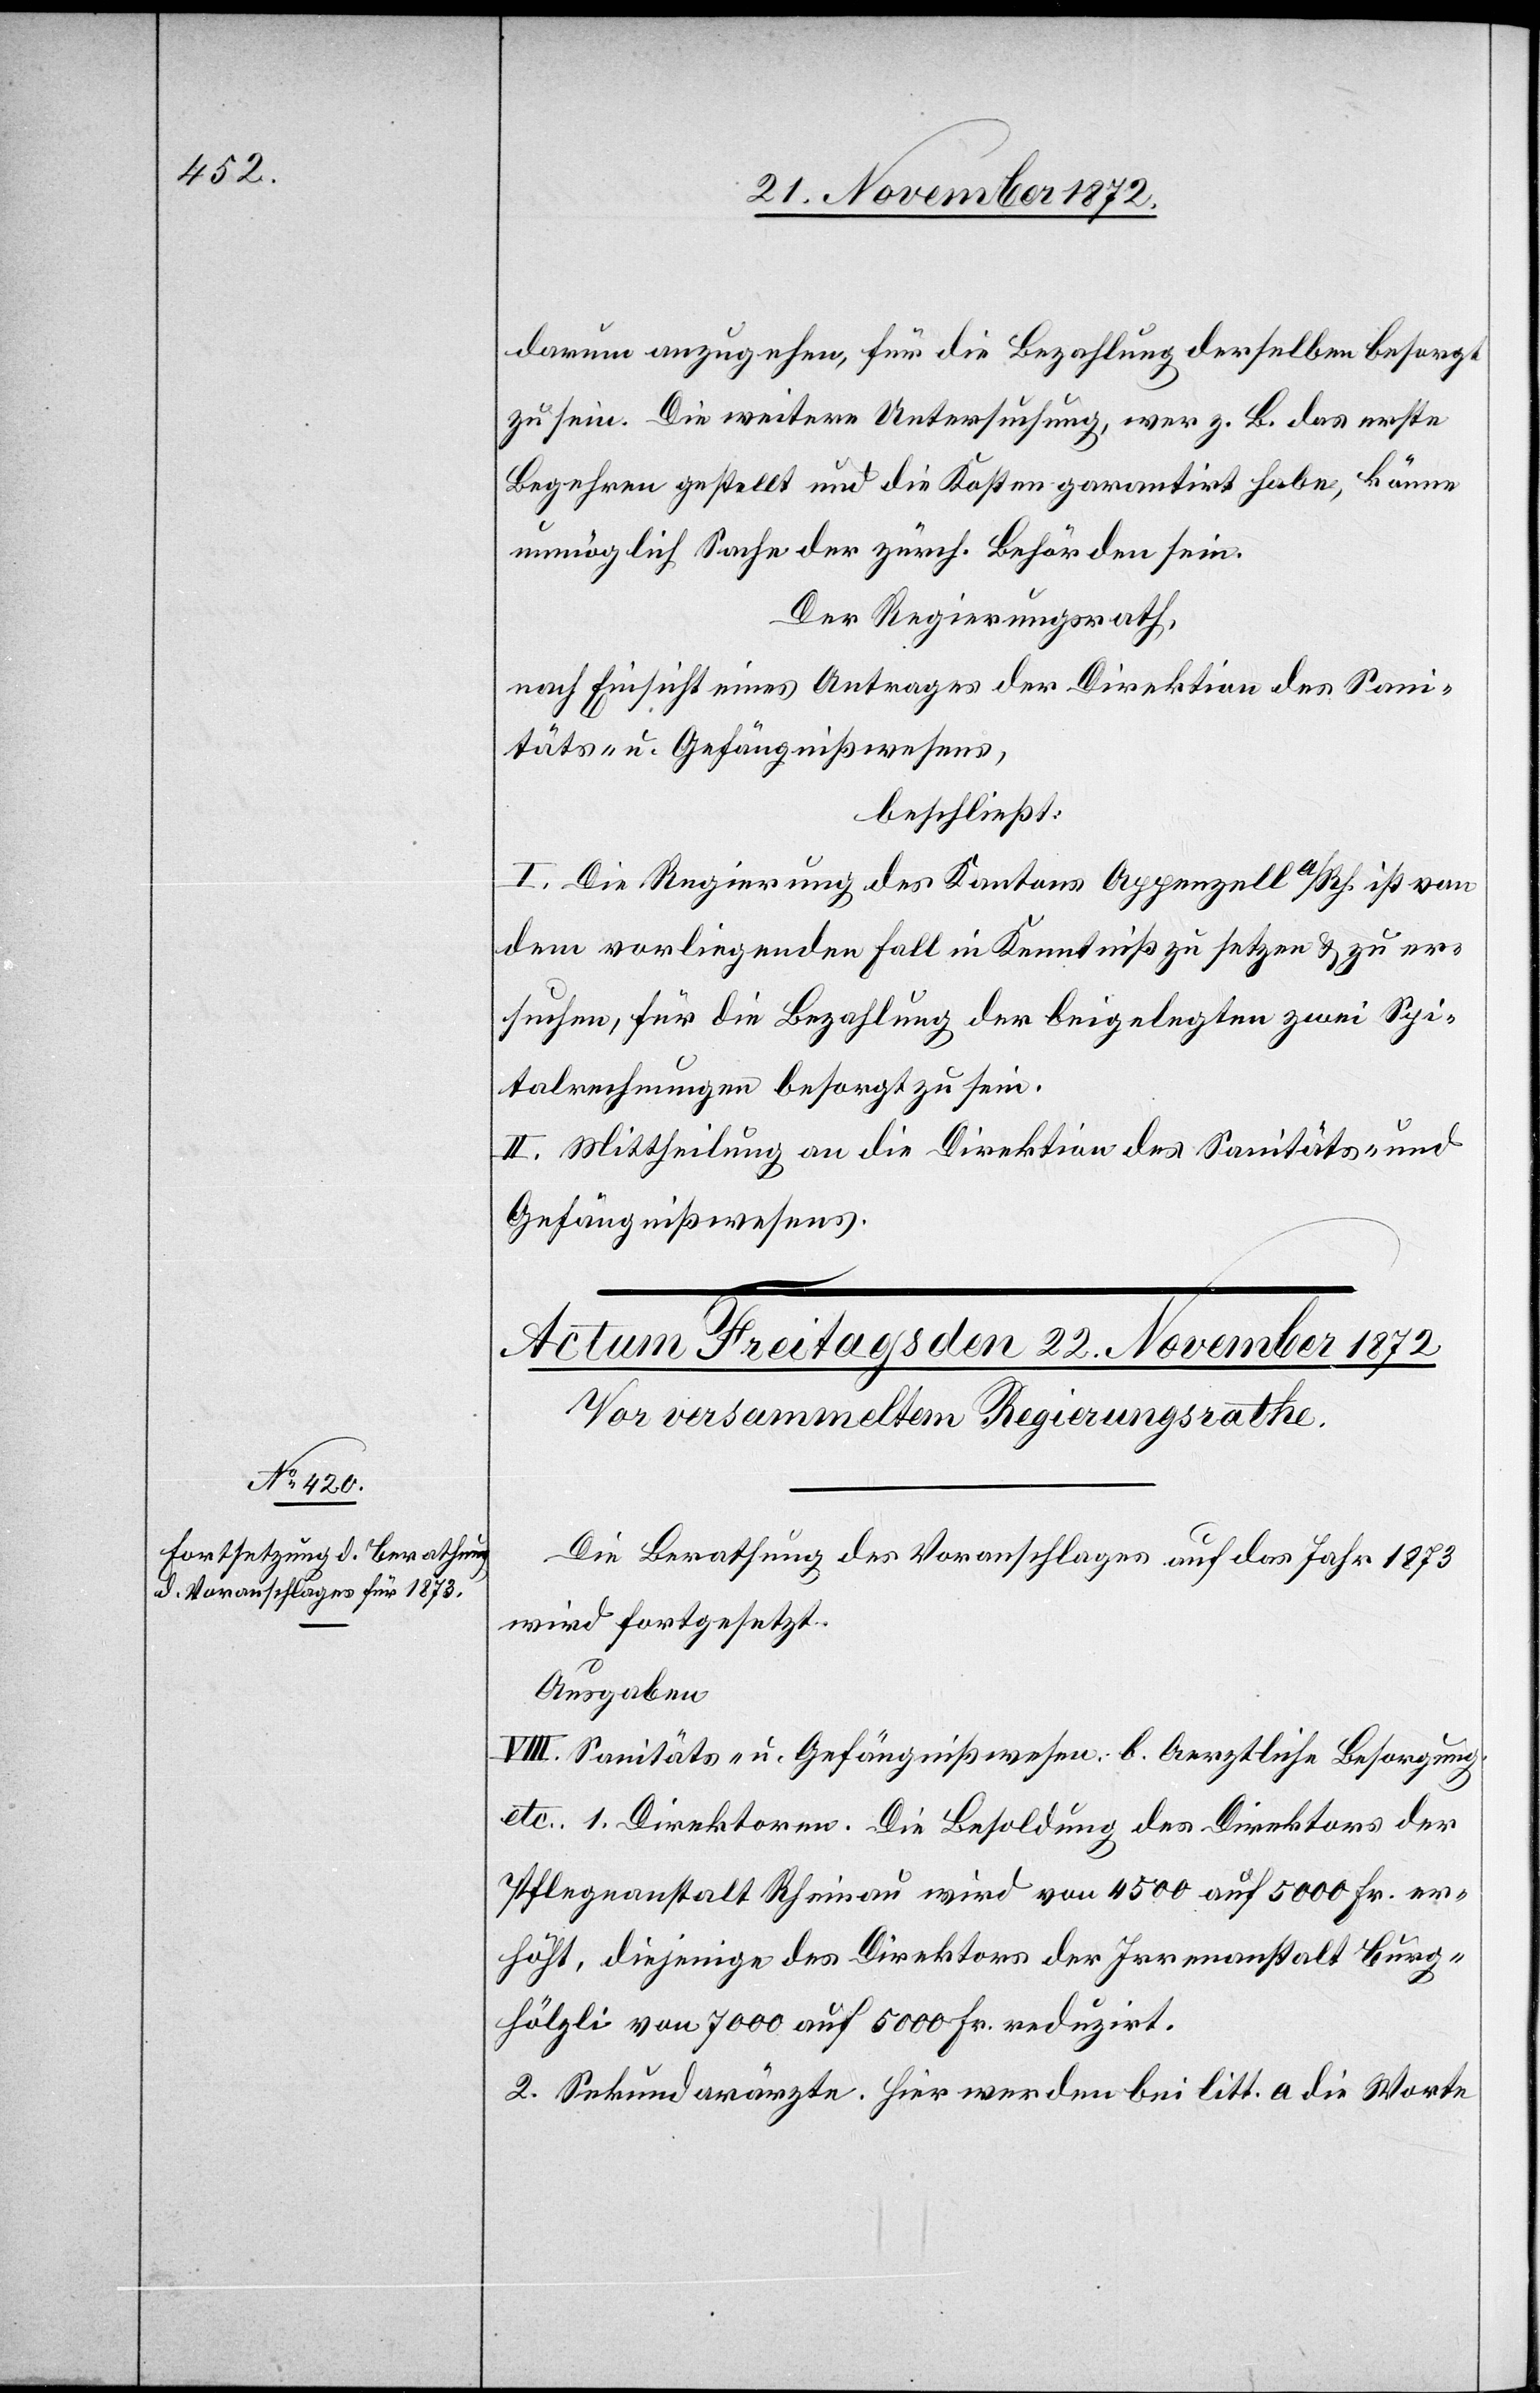
darum anzugehen, für die Bezahlung derselben besorgt
zu sein. Die weitere Untersuchung, wer z. B. das erste
Begehren gestellt und die Kosten garantirt habe, könne
unmöglich Sache der zürch. Behörden sein.
Der Regierungsrath,
nach Einsicht eines Antrages der Direktion des Sani¬
täts- u. Gefängnißwesens,
beschließt:
I. Die Regierung des Kantons Appenzell a/Rh. ist von
dem vorliegenden Fall in Kenntniß zu setzen u. zu er¬
suchen, für die Bezahlung der beigelegten zwei Spi¬
talrechnungen besorgt zu sein.
II. Mittheilung an die Direktion des Sanitäts- und
Gefängnißwesens.
Die Berathung des Voranschlages auf das Jahr 1873
wird fortgesetzt.
Ausgaben
VIII. Sanitäts u. Gefängnißwesen. b. Aerztliche Besorgung.
etc. 1. Direktoren. Die Besoldung des Direktors der
Pflegeanstalt Rheinau wird von 4500 auf 5000 Fr. er¬
höht, diejenige des Direktors der Irrenanstalt Burg¬
hölzli von 7000 auf 5000 reduzirt.
2. Sekundarärzte. Hier werden bei litt. a die Worte